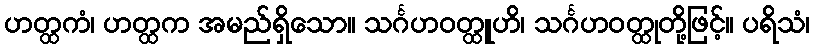
ဟတ္ထကံ၊ ဟတ္ထက အမည်ရှိသော။ သင်္ဂဟဝတ္ထူဟိ၊ သင်္ဂဟဝတ္ထုတို့ဖြင့်။ ပရိသံ၊